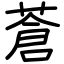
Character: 蒼